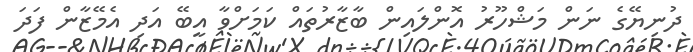
ދުނިޔޭގެ ނަން މަޝްހޫރު އޮންލައިން ބާޒާރުތައް ކަމަށްވާ އީބޭ އަދި އެމޭޒާން ފަދަ